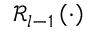
\mathcal { R } _ { l - 1 } \left( \cdot \right)